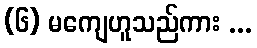
(၆) မကျေဟူသည်ကား ...